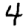
Digit: 4